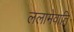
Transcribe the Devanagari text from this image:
ललामेवाति